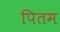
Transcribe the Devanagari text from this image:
पितम